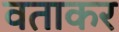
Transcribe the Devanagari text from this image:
वताकर